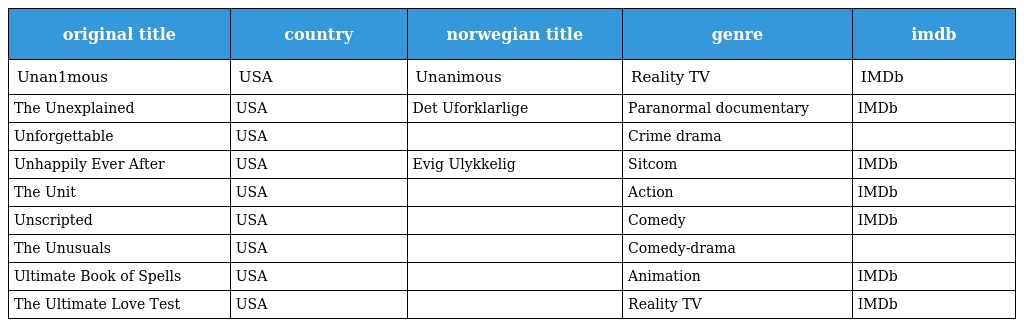
| original title | country | norwegian title | genre | imdb |
 | --- | --- | --- | --- | --- |
 | Unan1mous | USA | Unanimous | Reality TV | IMDb |
 | The Unexplained | USA | Det Uforklarlige | Paranormal documentary | IMDb |
 | Unforgettable | USA |  | Crime drama |  |
 | Unhappily Ever After | USA | Evig Ulykkelig | Sitcom | IMDb |
 | The Unit | USA |  | Action | IMDb |
 | Unscripted | USA |  | Comedy | IMDb |
 | The Unusuals | USA |  | Comedy-drama |  |
 | Ultimate Book of Spells | USA |  | Animation | IMDb |
 | The Ultimate Love Test | USA |  | Reality TV | IMDb |